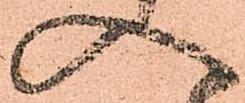
候